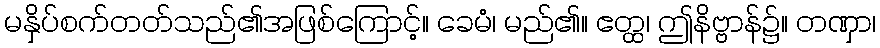
မနှိပ်စက်တတ်သည်၏အဖြစ်ကြောင့်။ ခေမံ၊ မည်၏။ ဧတ္ထ၊ ဤနိဗ္ဗာန်၌။ တဏှာ၊